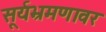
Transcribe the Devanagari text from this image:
सूर्यभ्रमणावर